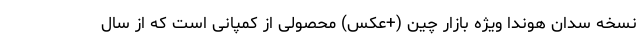
نسخه سدان هوندا ویژه بازار چین (+عکس) محصولی از کمپانی است که از سال